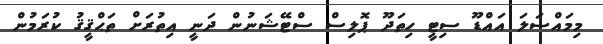
މިމައްސަލަ އައްޑޫ ސިޓީ ހިތަދޫ ޕޮލިސް ސްޓޭޝަނުން ދަނީ އިތުރަށް ތަޙްޤީޤު ކުރަމުން